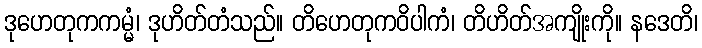
ဒုဟေတုကကမ္မံ၊ ဒုဟိတ်တံသည်။ တိဟေတုကဝိပါကံ၊ တိဟိတ်အကျိုးကို။ နဒေတိ၊